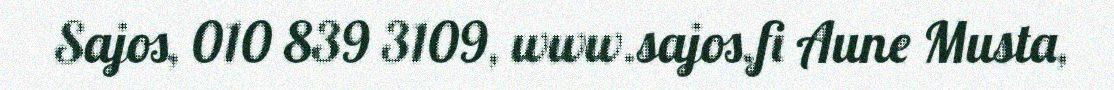
Sajos, 010 839 3109, www.sajos.fi Aune Musta,